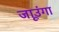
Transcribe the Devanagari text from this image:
जाउूंगा